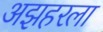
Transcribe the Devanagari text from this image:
अझहरला